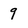
Character: 9